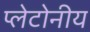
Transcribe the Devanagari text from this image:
प्लेटोनीय